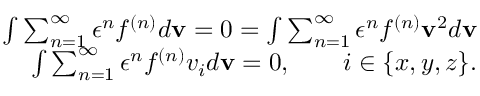
\begin{array} { r } { \int \sum _ { n = 1 } ^ { \infty } \epsilon ^ { n } f ^ { ( n ) } d \mathbf { v } = 0 = \int \sum _ { n = 1 } ^ { \infty } \epsilon ^ { n } f ^ { ( n ) } \mathbf { v } ^ { 2 } d \mathbf { v } } \\ { \int \sum _ { n = 1 } ^ { \infty } \epsilon ^ { n } f ^ { ( n ) } v _ { i } d \mathbf { v } = 0 , \qquad i \in \{ x , y , z \} . } \end{array}